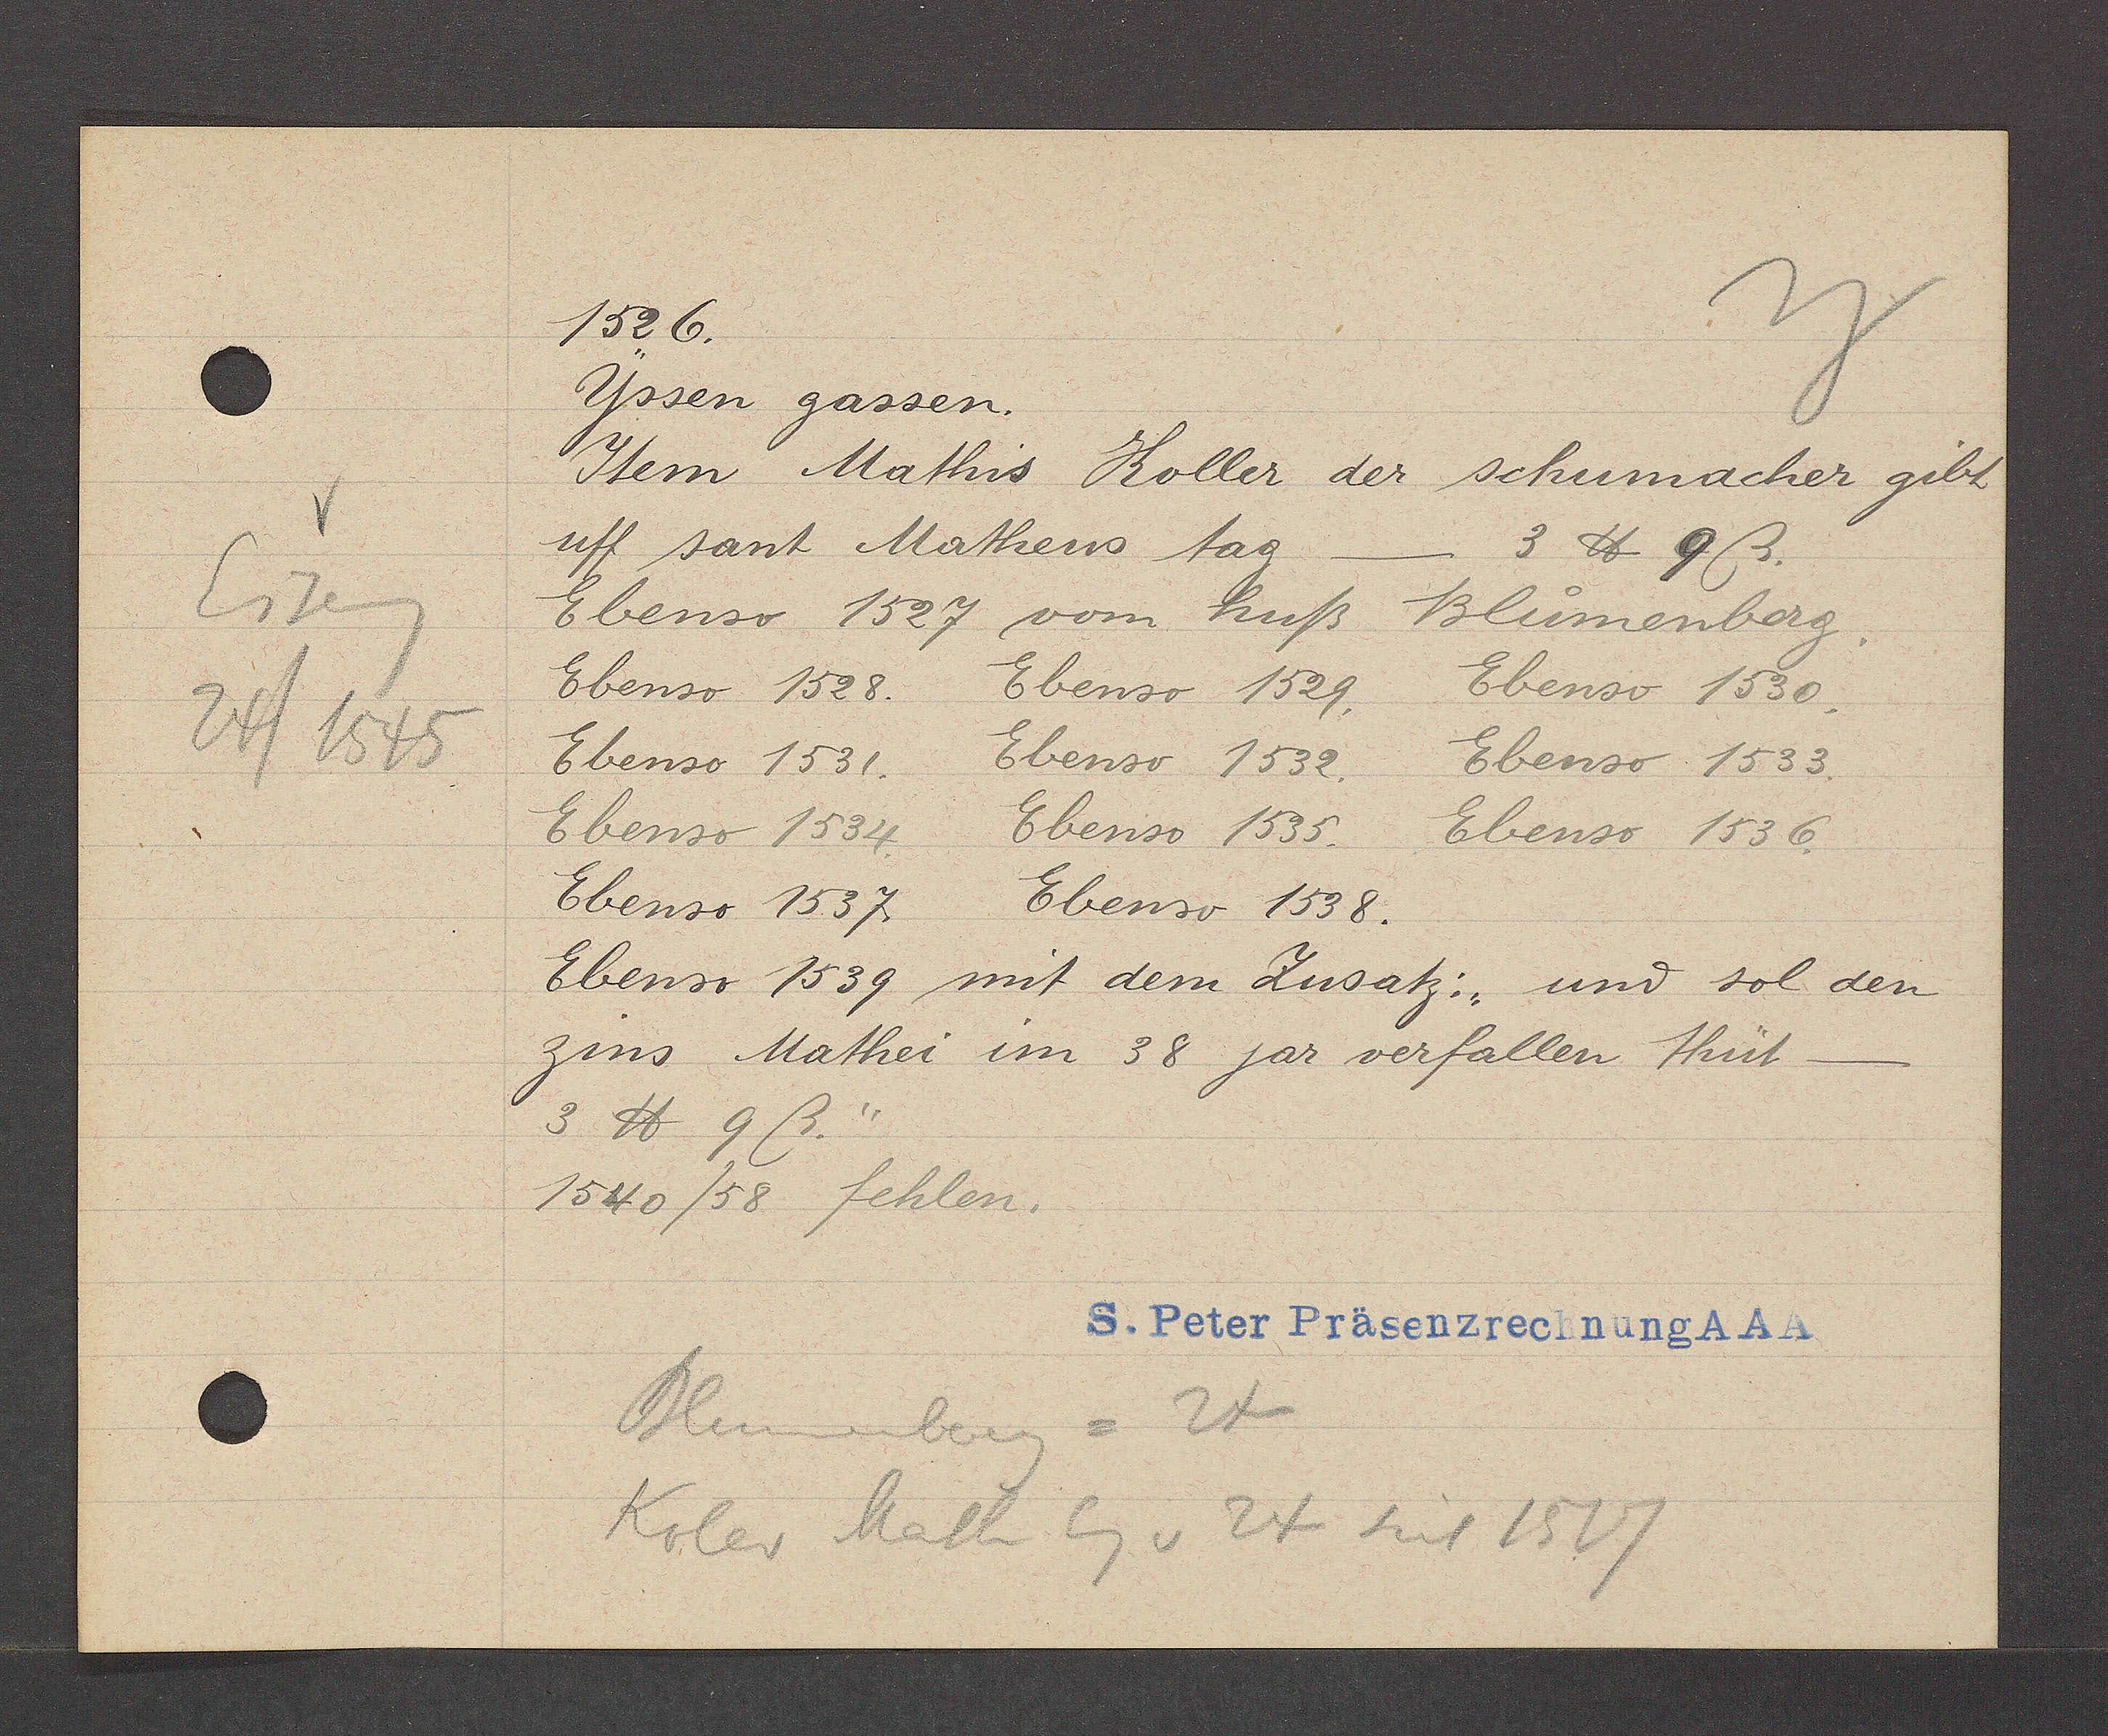
Transcript:
Eiseng
24/1545

1526.
Yssen gassen.
Item Mathis Koller der schumacher gibt
uff sant Matheus tag             3 ℔ 9 ß.
Ebenso 1527 vom huß Bluomenberg.
Ebenso 1528. Ebenso 1529. Ebenso 1530.
Ebenso 1531. Ebenso 1532. Ebenso 1533.
Ebenso 1534. Ebenso 1535. Ebenso 1536.
Ebenso 1537. Ebenso 1538.
Ebenso 1539 mit dem Zusatz: " und sol den 
zins Mathei im 38 jar verfallen thüt      
3 ℔ 9 ß"
1540/58 fehlen.
Blumenberg = 24
Koler Math Eg. v 24 seit 1517